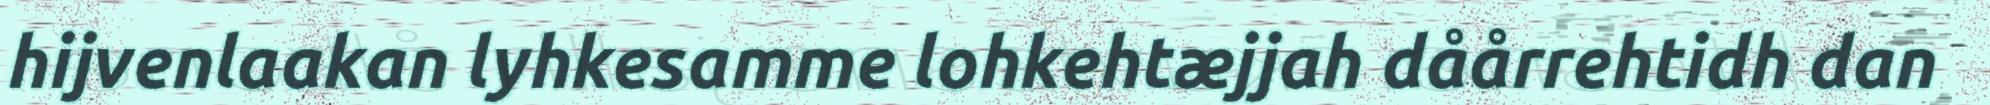
hijvenlaakan lyhkesamme lohkehtæjjah dåårrehtidh dan